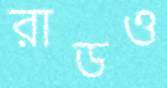
রাডও